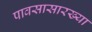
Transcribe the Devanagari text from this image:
पावसासारख्या